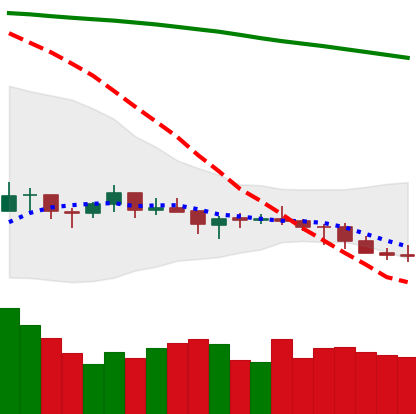
Ticker: LTC-USD
Chart end date: 2021-07-18
Forward return: 3.964%
Label: up_3_5